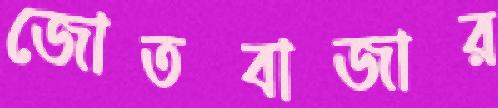
জোতবাজার